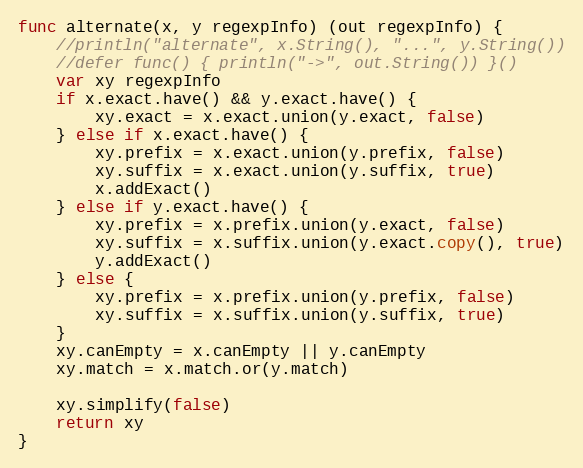
Language: Go
func alternate(x, y regexpInfo) (out regexpInfo) {
	//println("alternate", x.String(), "...", y.String())
	//defer func() { println("->", out.String()) }()
	var xy regexpInfo
	if x.exact.have() && y.exact.have() {
		xy.exact = x.exact.union(y.exact, false)
	} else if x.exact.have() {
		xy.prefix = x.exact.union(y.prefix, false)
		xy.suffix = x.exact.union(y.suffix, true)
		x.addExact()
	} else if y.exact.have() {
		xy.prefix = x.prefix.union(y.exact, false)
		xy.suffix = x.suffix.union(y.exact.copy(), true)
		y.addExact()
	} else {
		xy.prefix = x.prefix.union(y.prefix, false)
		xy.suffix = x.suffix.union(y.suffix, true)
	}
	xy.canEmpty = x.canEmpty || y.canEmpty
	xy.match = x.match.or(y.match)

	xy.simplify(false)
	return xy
}